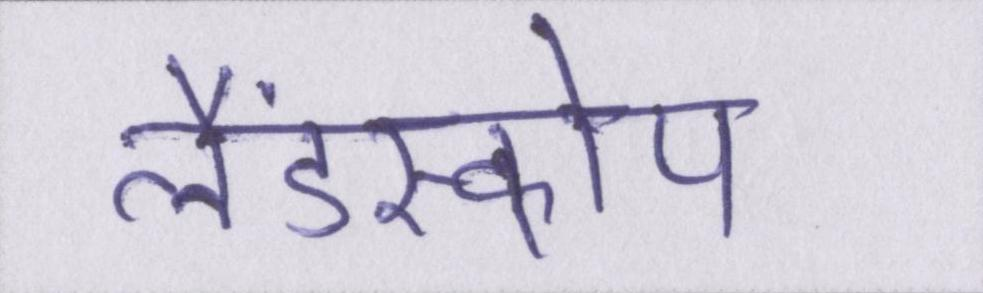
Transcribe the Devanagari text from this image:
लैंडस्कोप